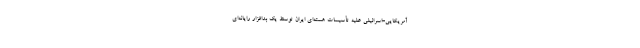
آمریکایی-اسرائیلی علیه تأسیسات هسته‌ای ایران توسط یک بدافزار رایانه‌ای